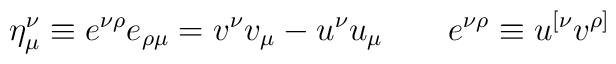
\eta _\mu ^\nu \equiv e^{\nu \rho }e_{\rho \mu }=v^\nu v_\mu -u^\nu u_\mu\qquad e^{\nu \rho }\equiv u^{[\nu }v^{\rho ]}